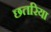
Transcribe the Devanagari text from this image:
छतरिया